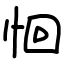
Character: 恛